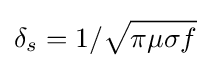
\delta _{s}=1/{\sqrt {\pi \mu \sigma f}}